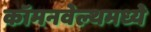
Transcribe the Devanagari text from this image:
कॉमनवेल्थमध्ये